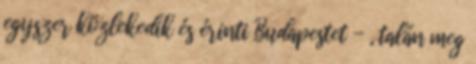
egyszer közlekedik és érinti Budapestet - , talán meg